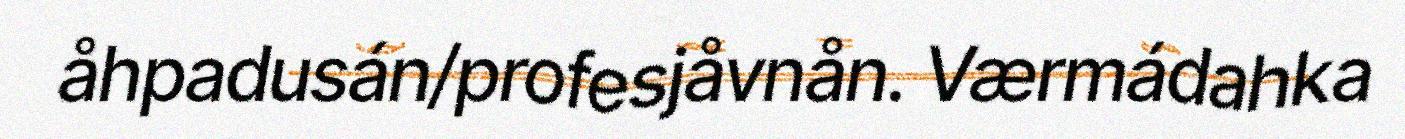
åhpadusán/profesjåvnån. Værmádahka